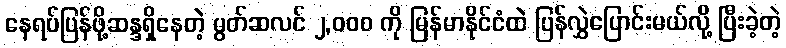
နေရပ်ပြန်ဖို့ဆန္ဒရှိနေတဲ့ မွတ်ဆလင် ၂,၀၀၀ ကို မြန်မာနိုင်ငံထဲ ပြန်လွှဲပြောင်းမယ်လို့ ပြီးခဲ့တဲ့